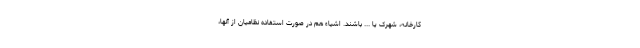
کارخانه، شهرک یا ... باشند. اشیاء هم در صورت استفاده نظامیان از آنها،